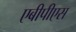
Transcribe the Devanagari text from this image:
एबीपीएस